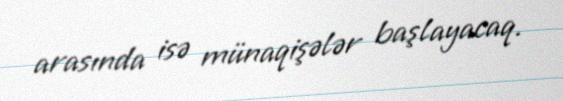
arasında isə münaqişələr başlayacaq.